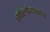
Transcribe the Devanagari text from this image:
सोलोयानव